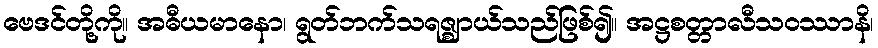
ဗေဒင်တို့ကို။ အဓီယမာနော၊ ရွတ်ဘက်သရဇ္ဈာယ်သည်ဖြစ်၍။ အဋ္ဌစတ္တာလီသဝဿာနိ၊